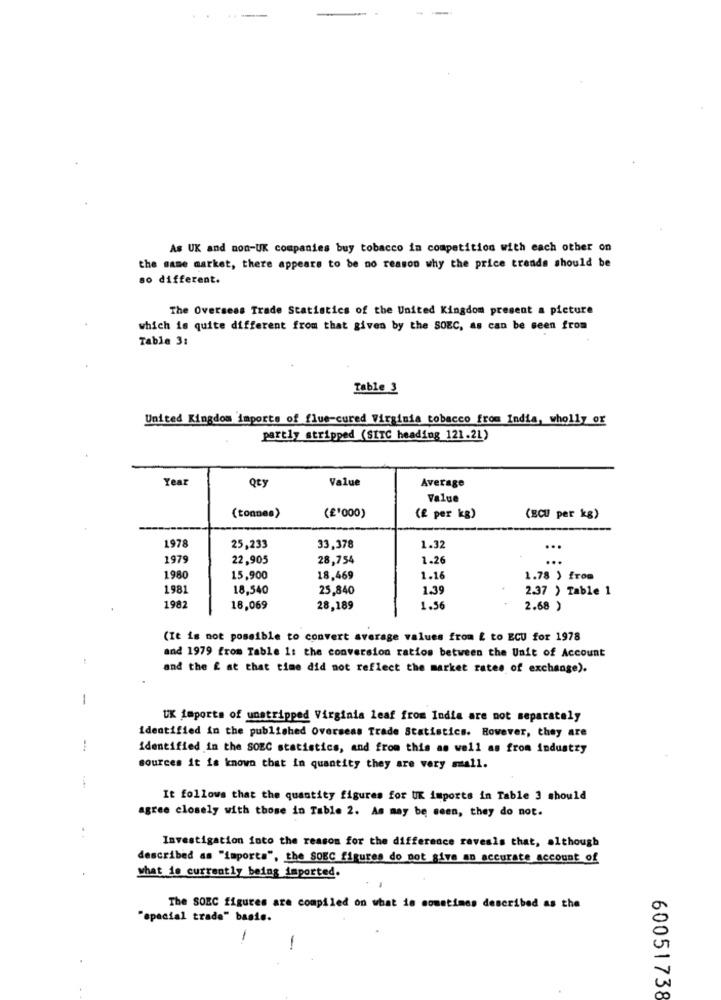
As UK and non-UK companies buy tobacco in competition with each other on
the same market, there appears to be no reason why the price trends should be
so different.
The Oversess Trade Statistics of the United Kingdom present a picture
which is quite different from that given by the SOEC, as can be seen from
Table 31
Table 3
United Kingdom imports of flue-cured Virginia tobacco from India, wholly or
partly stripped (SITC heading 121.21)
Year
Qty
Value
Average
Value
(tonnes)
(£'000)
(f per kg)
(ECU per kg)
1978
25,233
33,378
1.32
...
1979
22,905
28,754
1.26
...
1980
15,900
18.469
1.16
1.78 ) from
1981
18,540
25,840
1.39
2.37 ) Table 1
1982
18,069
28,189
1.56
2.68 )
(It is not possible to convert average values from £ to ECU for 1978
and 1979 from Table 1: the conversion ratios between the Unit of Account
and the £ at that time did not reflect the market rates of exchange).
1
UK imports of unstripped Virginia leaf from India are not separately
identified in the published Overseas Trade Statistics. However, they are
identified in the SOEC statistics, and from this as well as from industry
sources it is known that in quantity they are very small.
It follows that the quantity figures for UK imports in Table 3 should
agree closely with those in Table 2. As may be seen, they do not.
..
Investigation into the reason for the difference ravesis that, although
described as "importa", the SOEC figures do not give an accurate account of
what is currently being imported.
The SOEC figures are compiled on what is sometimes described as the
"special trade" basis.
1
-
60051738